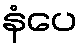
နံပေ